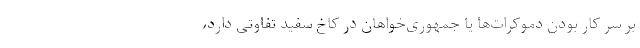
بر سر کار بودن دموکرات‌ها یا جمهوری‌خواهان در کاخ سفید تفاوتی دارد،